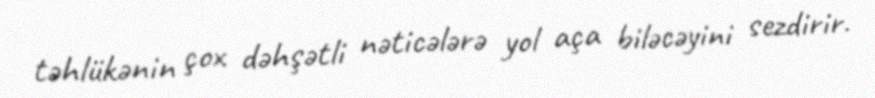
təhlükənin çox dəhşətli nəticələrə yol aça biləcəyini sezdirir.